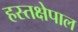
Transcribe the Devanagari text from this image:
हस्तक्षेपाल